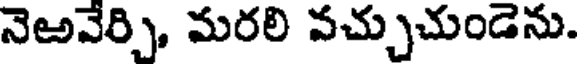
నెఱవేర్చి, మరలి వచ్చుచుండెను.